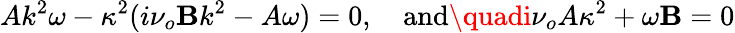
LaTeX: Ak^{2}\omega-\kappa^{2}(i\nu_{o}\mathbf{B}k^{2}-A\omega)=0,\quad\textrm{{and}}\quadi\nu_{o}A\kappa^{2}+\omega\mathbf{B}=0